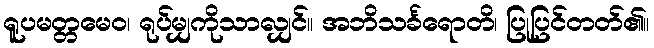
ရူပမတ္တမေဝ၊ ရုပ်မျှကိုသာလျှင်။ အဘိသင်္ခရောတိ၊ ပြုပြင်တတ်၏။